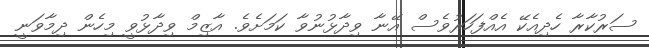
ސަރުކާރާ ހެދިއެކޭ އެއްފަހަރުވެސް އޭނާ ވިދާޅުނުވާ ކަމަށެވެ. އާޒިމް ވިދާޅުވީ މިހެން ދިމާވަނީ